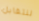
لنتقابل